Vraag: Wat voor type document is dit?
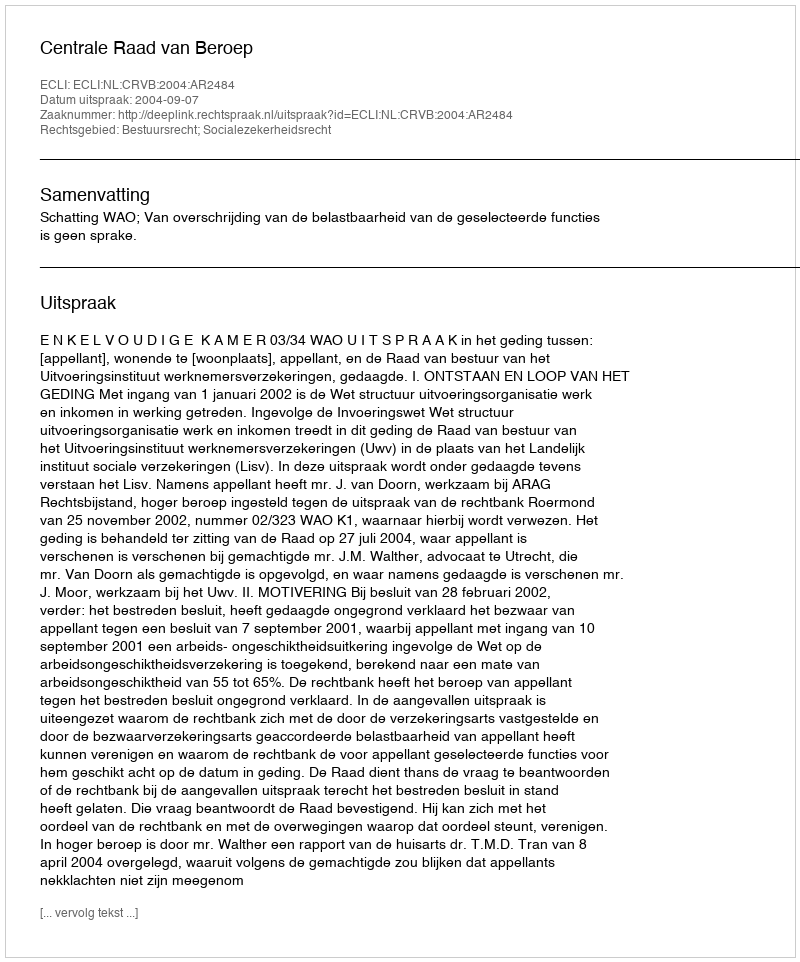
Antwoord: Uitspraak